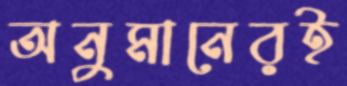
অনুমানেরই